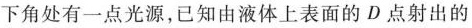
下角处有一点光源，已知由液体上表面的D点射出的